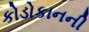
કોડોકાનની